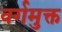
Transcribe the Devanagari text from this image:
वर्गमुक्त